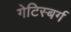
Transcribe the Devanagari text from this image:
गेटिस्बर्ग